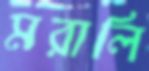
মরালি